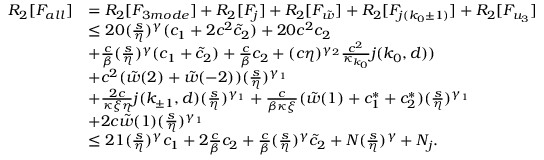
\begin{array} { r l } { R _ { 2 } [ F _ { a l l } ] } & { = R _ { 2 } [ F _ { 3 m o d e } ] + R _ { 2 } [ F _ { j } ] + R _ { 2 } [ F _ { \tilde { w } } ] + R _ { 2 } [ F _ { j ( k _ { 0 } \pm 1 ) } ] + R _ { 2 } [ F _ { u _ { 3 } } ] } \\ & { \le 2 0 ( \frac s \eta ) ^ { \gamma } ( c _ { 1 } + 2 c ^ { 2 } \tilde { c } _ { 2 } ) + 2 0 c ^ { 2 } c _ { 2 } } \\ & { + \frac c \beta ( \frac { s } \eta ) ^ { \gamma } ( c _ { 1 } + \tilde { c } _ { 2 } ) + \frac c \beta c _ { 2 } + ( c \eta ) ^ { \gamma _ { 2 } } \frac { c ^ { 2 } } { \kappa _ { k _ { 0 } } } j ( k _ { 0 } , d ) ) } \\ & { + c ^ { 2 } ( \tilde { w } ( 2 ) + \tilde { w } ( - 2 ) ) ( \frac { s } \eta ) ^ { \gamma _ { 1 } } } \\ & { + \frac { 2 c } { \kappa \xi \eta } j ( k _ { \pm 1 } , d ) ( \frac { s } \eta ) ^ { \gamma _ { 1 } } + \frac c { \beta \kappa \xi } ( \tilde { w } ( 1 ) + c _ { 1 } ^ { \ast } + c _ { 2 } ^ { \ast } ) ( \frac { s } \eta ) ^ { \gamma _ { 1 } } } \\ & { + 2 c \tilde { w } ( 1 ) ( \frac { s } \eta ) ^ { \gamma _ { 1 } } } \\ & { \le 2 1 ( \frac s \eta ) ^ { \gamma } c _ { 1 } + 2 \frac c \beta c _ { 2 } + \frac c \beta ( \frac s \eta ) ^ { \gamma } \tilde { c } _ { 2 } + N ( \frac s \eta ) ^ { \gamma } + N _ { j } . } \end{array}